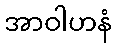
အာဝါဟနံ